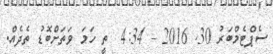
ސެޕްޓެމްބަރު 30